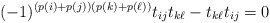
\begin{align*} (-1)^{(p(i)+p(j))(p(k)+p(\ell))}t_{ij}t_{k\ell} - t_{k\ell}t_{ij} = 0\end{align*}